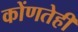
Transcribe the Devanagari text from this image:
कोंणतेही